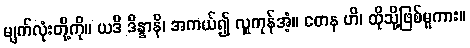
မျက်လုံးတို့ကို။ ယဒိ ဒိန္နာနိ၊ အကယ်၍ လှူကုန်အံ့။ တေန ဟိ၊ ထိုသို့ဖြစ်မူကား။